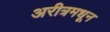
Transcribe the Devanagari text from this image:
अरीत्रमधून